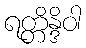
ရတ္တိန္ဒိဝါ